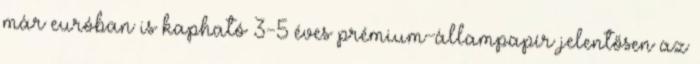
már euróban is kapható 3-5 éves prémium-állampapír jelentősen az